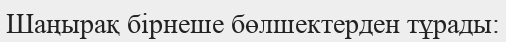
Шаңырақ бірнеше бөлшектерден тұрады: